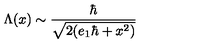
\Lambda ( x ) \sim \frac { \hbar } { \sqrt { 2 ( e _ { 1 } \hbar + x ^ { 2 } ) } }